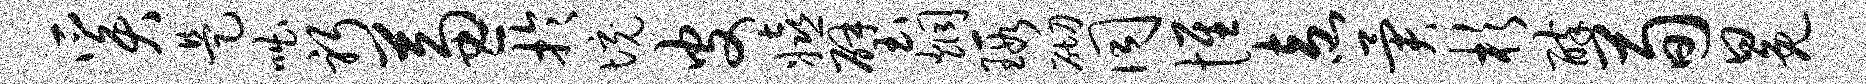
奚是咄躬兼于境皮嬉璧炯瑕砌同惟盍异杉醉荀冕